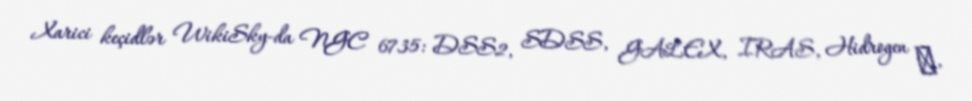
Xarici keçidlər WikiSky-da NGC 6735: DSS2, SDSS, GALEX, IRAS, Hidrogen α,